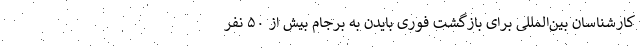
کارشناسان بین‌المللی برای بازگشت فوری بایدن به برجام بیش از ۵۰ نفر